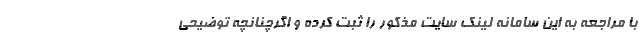
با مراجعه به این سامانه لینک سایت مذکور را ثبت کرده و اگرچنانچه توضیحی